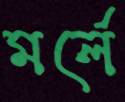
মর্লে